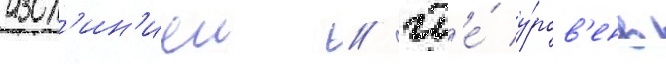
изол'ин'иеи / гд'е́ у́ров'ень